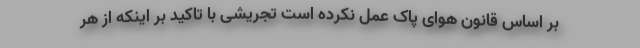
بر اساس قانون هوای پاک عمل نکرده است تجریشی با تاکید بر اینکه از هر